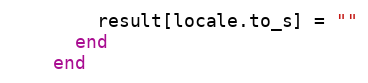
Language: Ruby
        result[locale.to_s] = ""
      end
    end